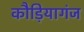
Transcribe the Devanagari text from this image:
कौड़ियागंज